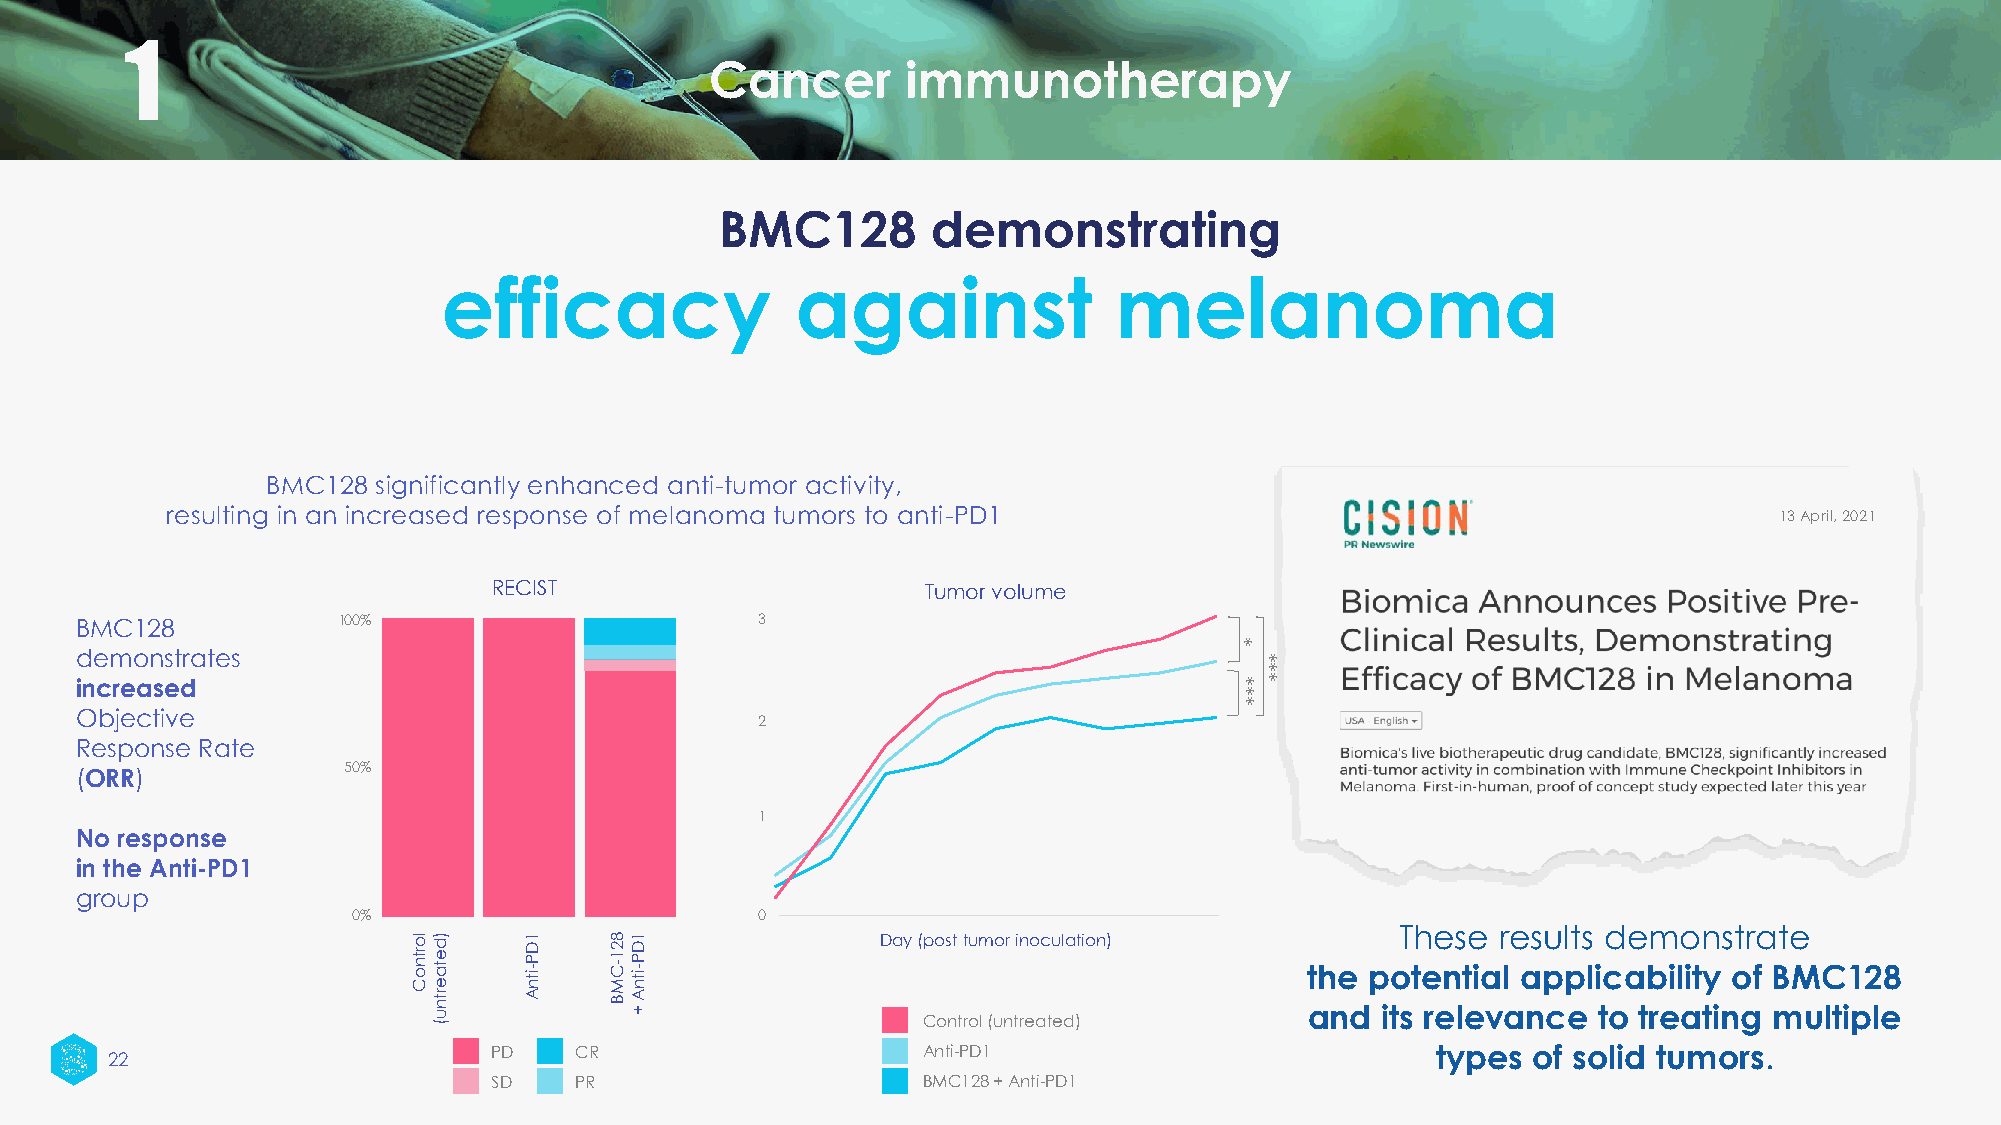
1
 Cancer       immunotherapy
 BMC128        demonstrating
 efficacy                against              melanoma
 BMC128 significantly enhanced anti-tumor activity,
 resulting in an increased response of melanoma tumors to anti-PD1                                          13 April, 2021
 RECIST                      Tumor volume
 BMC128           100%                        3
 *
 demonstrates                                                                  *
 *
 increased                                                                    **
 *
 *
 Objective
 2
 Response Rate
 50%
 (ORR)
 1
 No response
 in the Anti-PD1
 group
 0%                         0
 lo
 rtn
 o
 C)d
 e
 ta
 e
 itD
 nP1
 -    C
 8
 M2 1
 -
 itnD
 P1
 -
 Day (post tumor inoculation)
 the
 poT th ee ns te
 ia
 r le as pul pts
 li
 cd ae bm ilo itn
 y
 s otr fa Bte
 M C128
 rtn
 u (
 A    BA
 +                  Control (untreated)       and its relevance  to treating multiple
 PD   CR                     Anti-PD1                          types of solid tumors.
 22
 SD   PR                     BMC128 + Anti-PD1